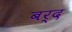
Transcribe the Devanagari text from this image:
बर्द